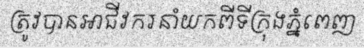
ត្រូវបានអាជីវករនាំយកពីទីក្រុងភ្នំពេញ